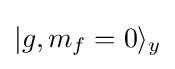
|g,m_{f}=0\rangle _{y}